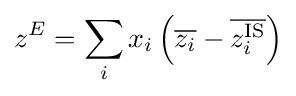
z^{E}=\sum _{i}x_{i}\left({\overline {z_{i}}}-{\overline {z_{i}^{\text{IS}}}}\right)